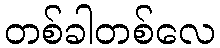
တစ်ခါတစ်လေ